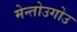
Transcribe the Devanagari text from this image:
मेन्तोउगोउ